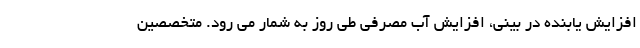
افزایش یابنده در بینی، افزایش آب مصرفی طی روز به شمار می رود. متخصصین